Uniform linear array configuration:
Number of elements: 16
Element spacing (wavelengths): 0.5
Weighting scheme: binomial
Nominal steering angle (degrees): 15
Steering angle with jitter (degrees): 16.843
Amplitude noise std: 0.05
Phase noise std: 0.05

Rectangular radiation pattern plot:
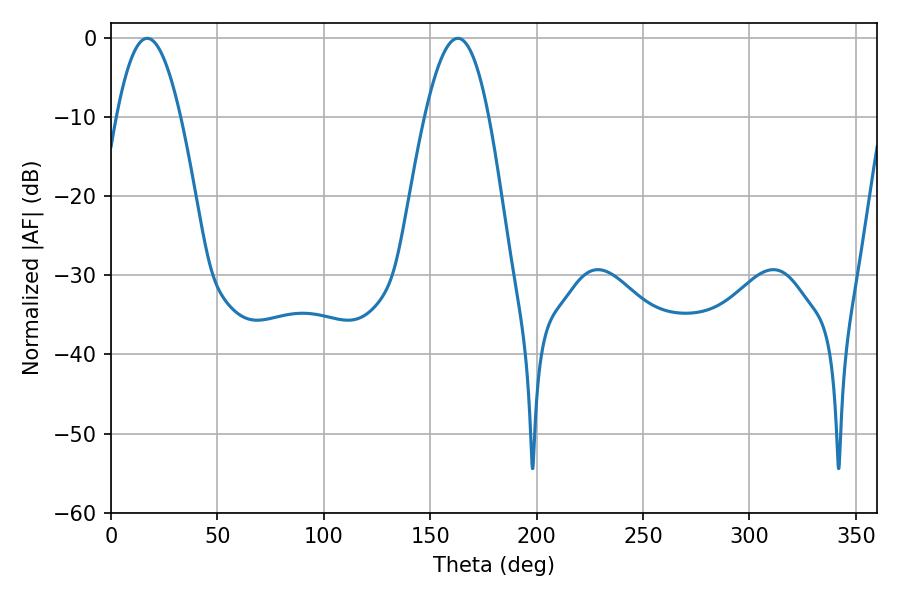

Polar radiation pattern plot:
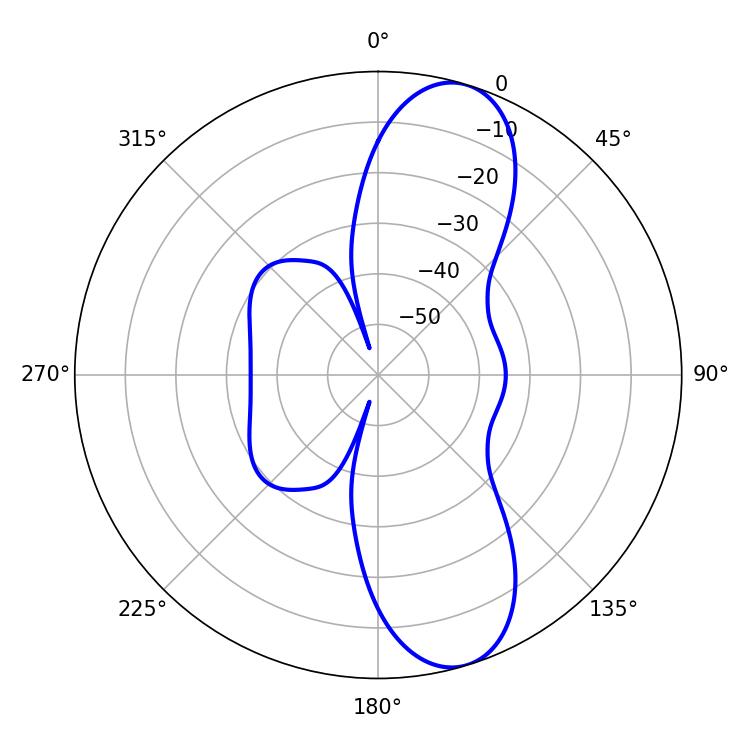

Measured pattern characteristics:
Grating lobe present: FALSE
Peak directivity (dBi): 10.397
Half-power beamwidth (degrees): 16.38
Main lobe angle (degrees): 17.1